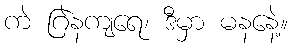
ကဲ ဂြဲနကျရေ၊ ဒီမှာ မနနေဲ့။